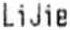
LIJIE